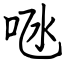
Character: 𠱁